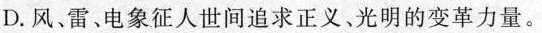
D. 风、雷、电象征人世间追求正义、光明的变革力量。